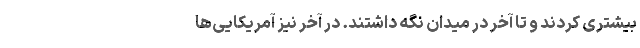
بیشتری کردند و تا آخر در میدان نگه داشتند. در آخر نیز آمریکایی‌ها